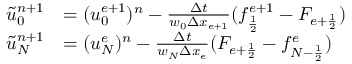
\begin{array} { r l } { \tilde { u } _ { 0 } ^ { n + 1 } } & { = ( u _ { 0 } ^ { e + 1 } ) ^ { n } - \frac { \Delta t } { w _ { 0 } \Delta x _ { e + 1 } } ( f _ { \frac { 1 } { 2 } } ^ { e + 1 } - F _ { { e + \frac { 1 } { 2 } } } ) } \\ { \tilde { u } _ { N } ^ { n + 1 } } & { = ( u _ { N } ^ { e } ) ^ { n } - \frac { \Delta t } { w _ { N } \Delta x _ { e } } ( F _ { { e + \frac { 1 } { 2 } } } - f _ { { N - \frac { 1 } { 2 } } } ^ { e } ) } \end{array}